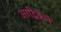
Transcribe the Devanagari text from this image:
आद्रिकेने